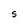
Character: s